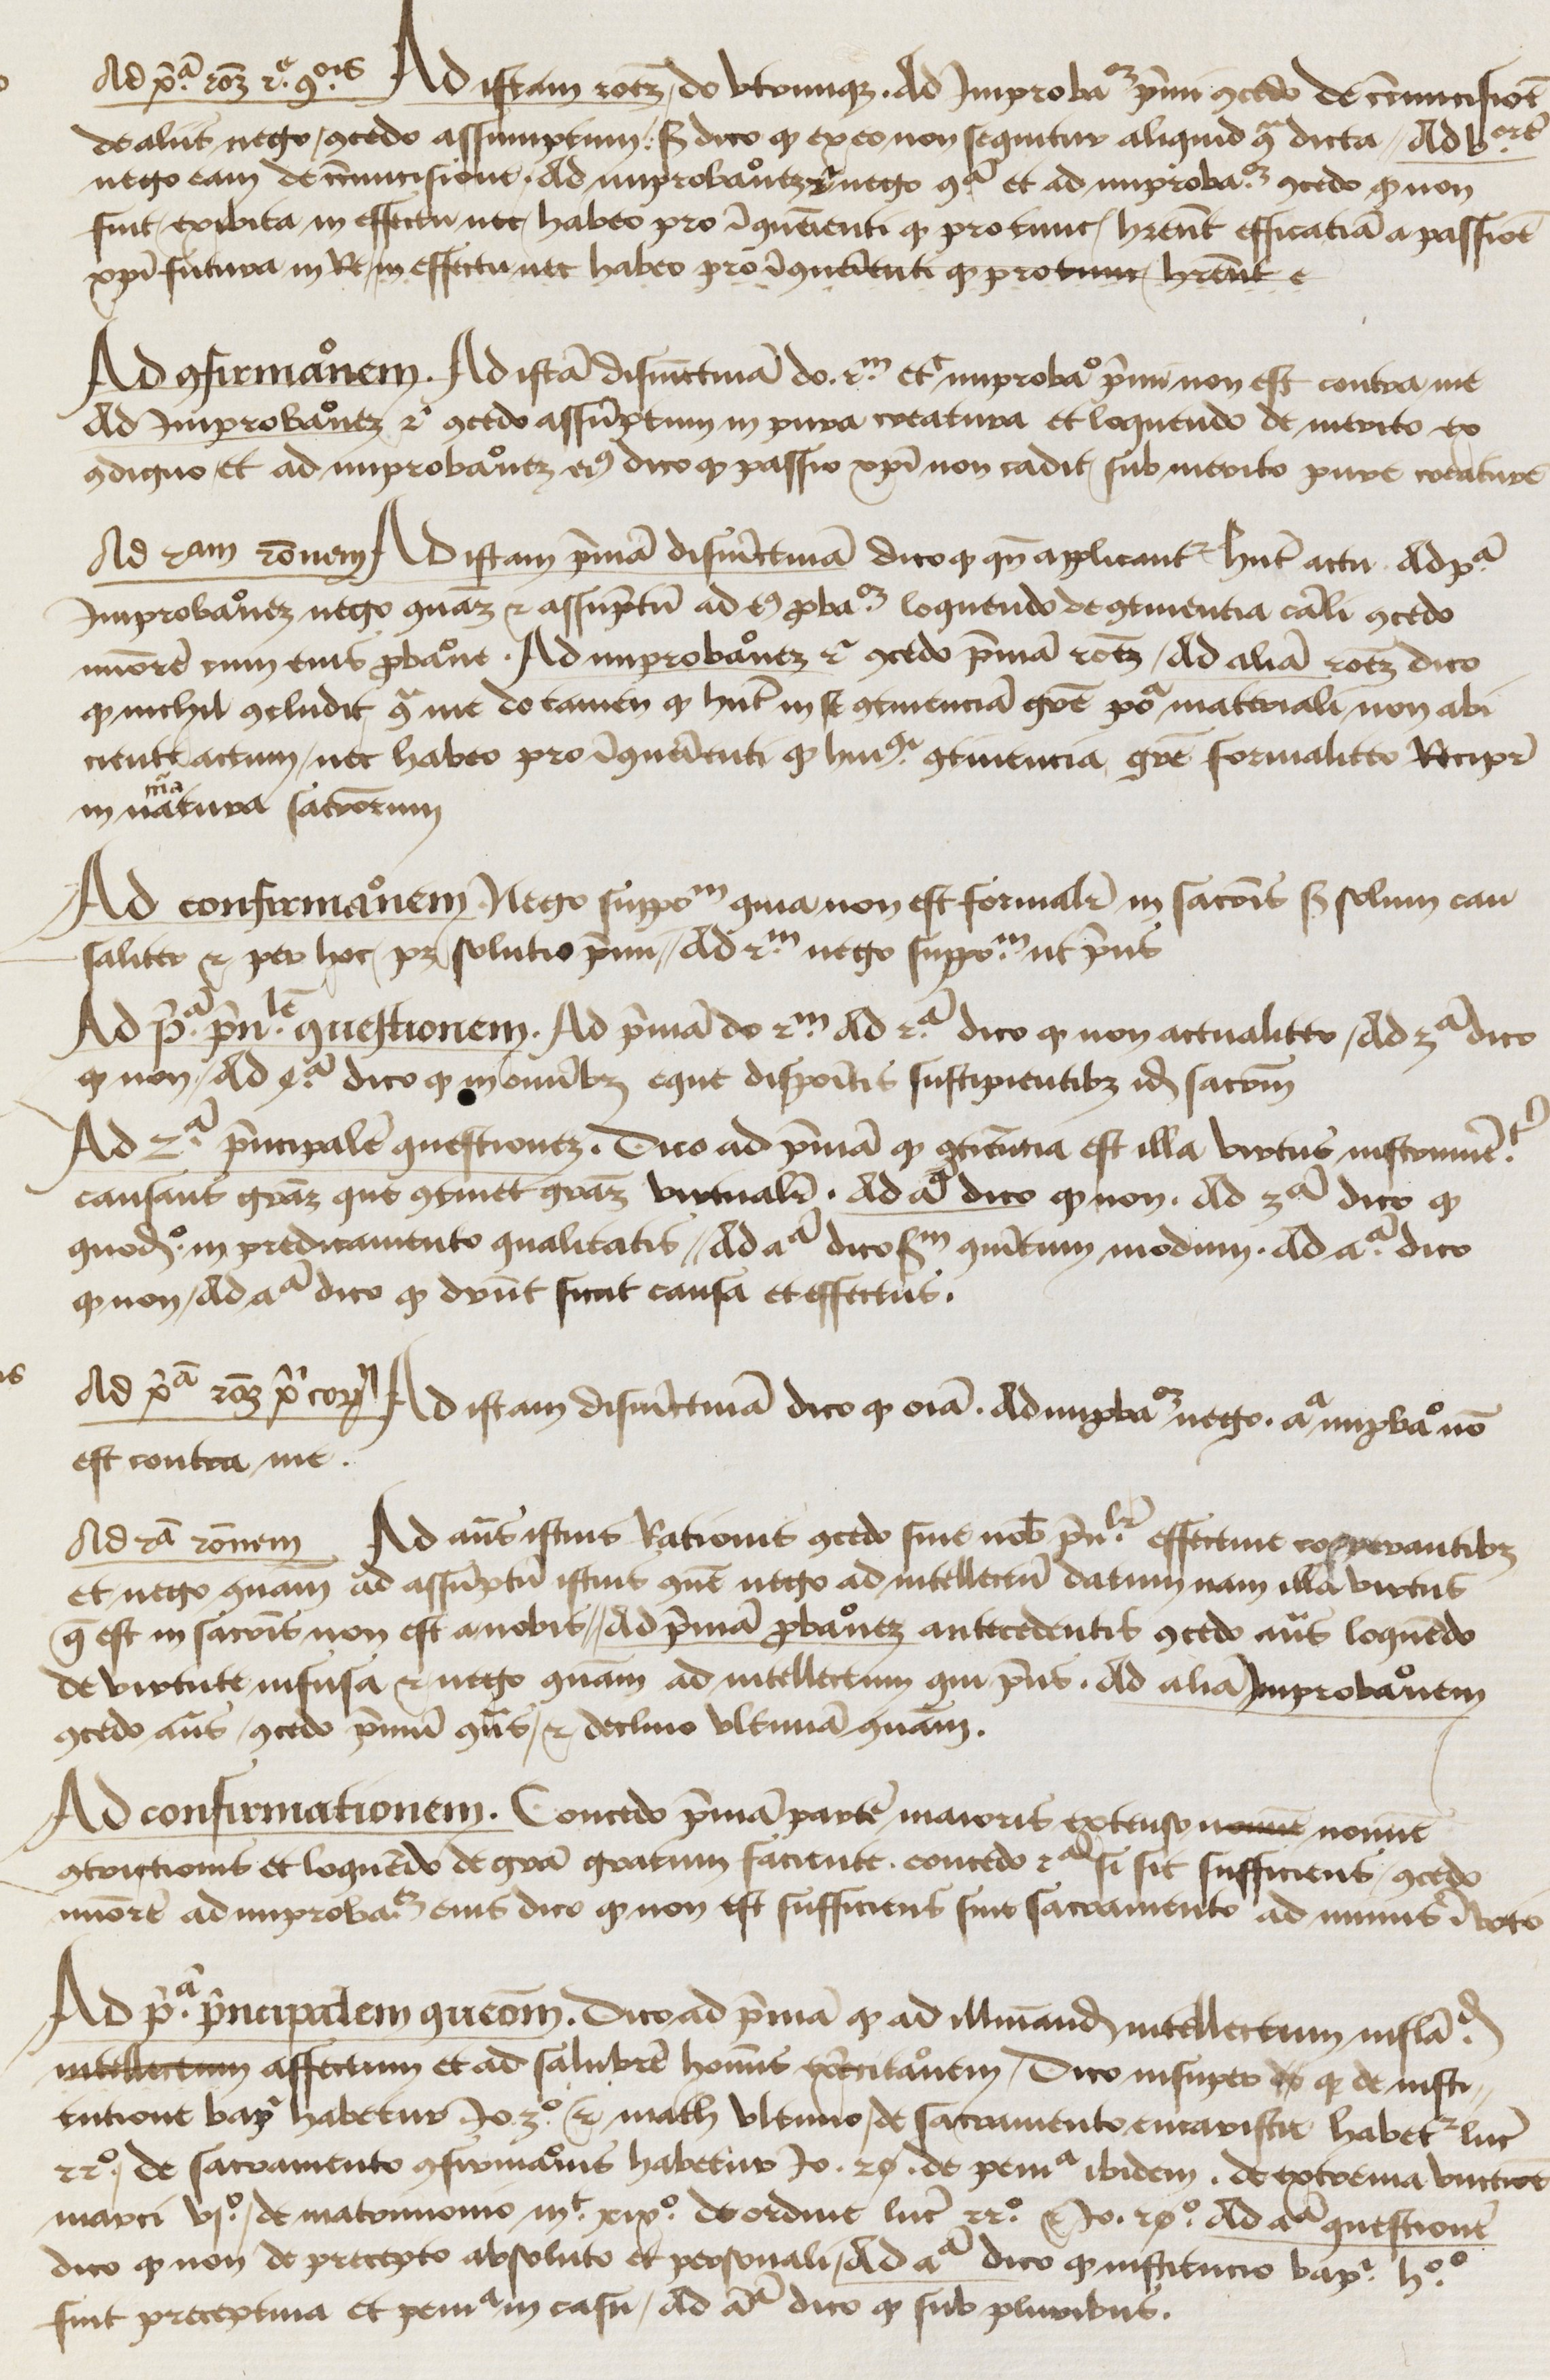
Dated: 1450–1474